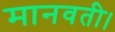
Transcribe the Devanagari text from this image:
मानवती।